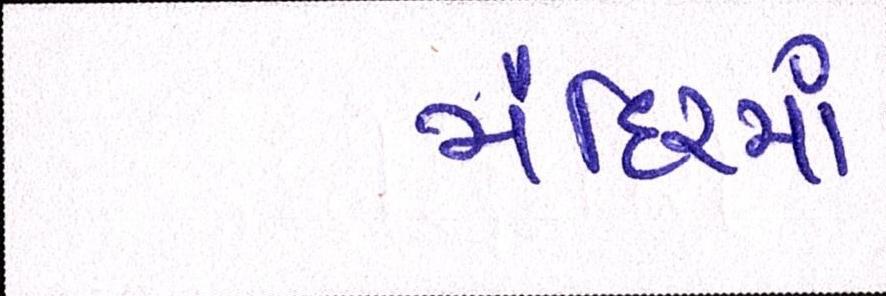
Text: મંદિરમાં